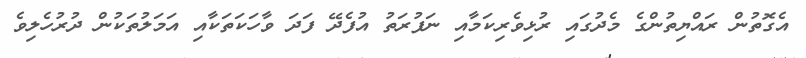
އެގޮތުން ރައްޔިތުންގެ މެދުގައި ރުޅިވެރިކަމާއި ނަފުރަތު އުފެދޭ ފަދަ ވާހަކަތަކާއި އަމަލުތަކުން ދުރުހެލިވެ